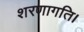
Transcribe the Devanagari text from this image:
शरणागति।